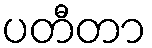
ပတီတာ